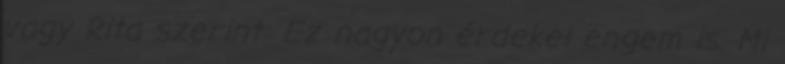
vagy Rita szerint: Ez nagyon érdekel engem is. Mi